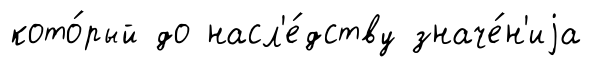
кото́рый до насл'е́дству значе́н'иjа